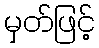
မှတ်ဖြင့်